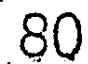
80